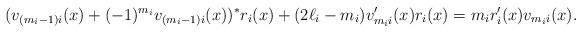
LaTeX: \begin{align*}(v_{(m_i-1)i}(x)+(-1)^{m_i}v_{(m_i-1)i}(x))^*r_i(x) + (2\ell_i-m_i)v_{m_ii}'(x)r_i(x) = m_ir_i'(x)v_{m_ii}(x).\end{align*}